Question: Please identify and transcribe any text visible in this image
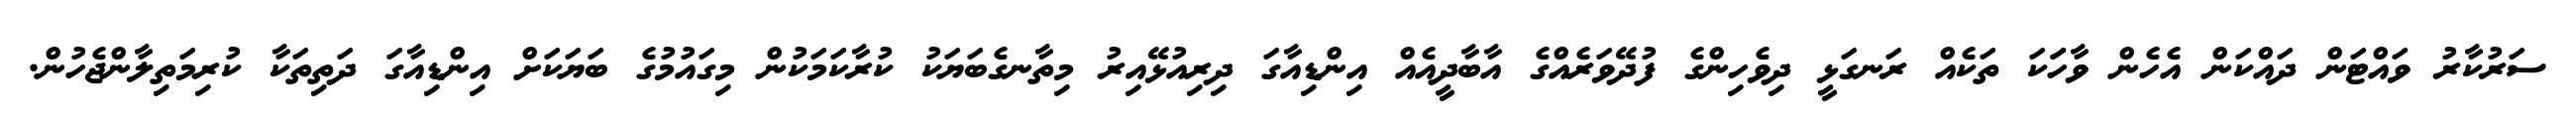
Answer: ސަރުކާރު ވައްޓަން ދައްކަން އެހެން ވާހަަކަ ތަކެއް ރަނގަޅީ ދިވެހިންގެ ފުދޭވަރެއްގެ އާބާދީއެއް އިންޑިއާގަ ދިރިއުޅޭއިރު މިތާނގެބަޔަކު ކުރާކަމަކުން މިގައުމުގެ ބަޔަކަށް އިންޑިއާގަ ދަތިތަކާ ކުރިމަތިލާންޖެހުން.